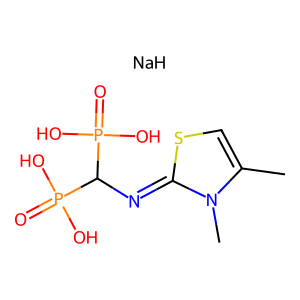
SMILES: Cc1csc(=NC(P(=O)(O)O)P(=O)(O)O)n1C.[NaH]
Inhibits HIV replication: No